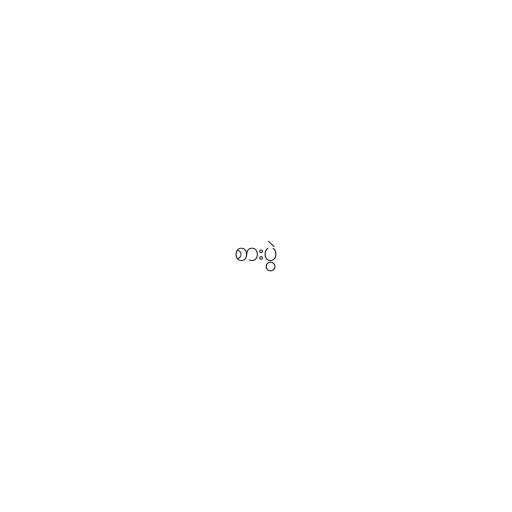
စားပွဲ